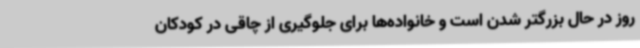
روز در حال بزرگتر شدن است و خانواده‌ها برای جلوگیری از چاقی در کودکان